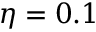
\eta = 0 . 1